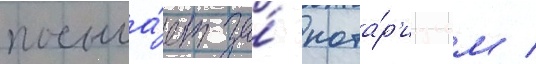
посыла́ет за́ нота́р'иусом /